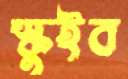
স্কুইব